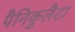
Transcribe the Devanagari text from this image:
पैनिकुलैटा